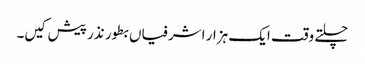
چلتے وقت ایک ہزار اشرفیاں بطور نذر پیش کیں۔